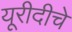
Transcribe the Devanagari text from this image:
यूरीदीचे